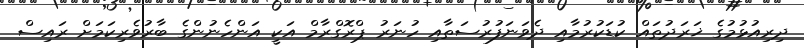
ދިރިއުޅުމުގެ ޚަރަދުތައް ކުޑަކުރުމާއި ދެވަނަފުރުސަތާއި ހުނަރު ޕްރޮގްރާމް އަކީ އަންހެނުންގެ ބާރުވެރިކަމަށް ރައިސް